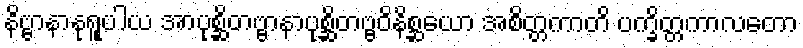
နိဗ္ဗာနာနုရူပါယ အာပုစ္ဆိတဗ္ဗာနာပုစ္ဆိတဗ္ဗဝိနိစ္ဆယော အစိတ္တကာတိ ပက္ခိတ္တကာလတော